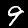
Digit: 9